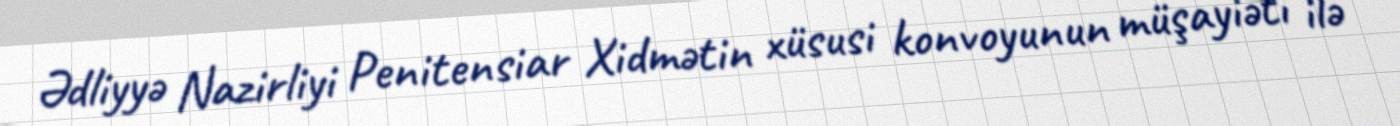
Ədliyyə Nazirliyi Penitensiar Xidmətin xüsusi konvoyunun müşayiəti ilə